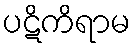
ပဋိကိရာမ